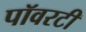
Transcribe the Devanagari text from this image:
पॉवरटी